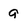
Character: a